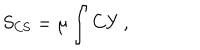
LaTeX: S _ { \mathrm { C S } } = \mu \int C Y \, ,